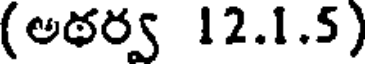
(అఠర్వ 12.1.5)